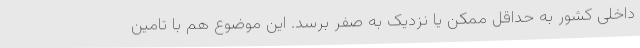
داخلی کشور به حداقل ممکن یا نزدیک به صفر برسد. این موضوع هم با تامین